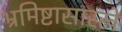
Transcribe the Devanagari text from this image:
भ्रमिष्टासारखे